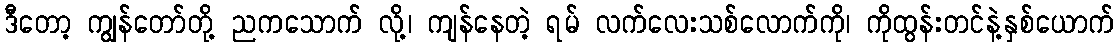
ဒီတော့ ကျွန်တော်တို့ ညကသောက် လို့၊ ကျန်နေတဲ့ ရမ် လက်လေးသစ်လောက်ကို၊ ကိုထွန်းတင်နဲ့နှစ်ယောက်